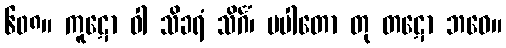
၆၀၈။ ကူဋော ဝါ သိခရံ သိင်္ဂံ၊ ပပါတော တု တဋော ဘဝေ။